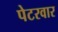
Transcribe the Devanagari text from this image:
पेटरवार